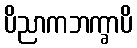
ပိညာကဘက္ခာပိ